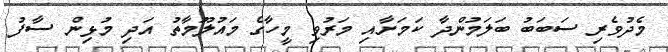
މެދުވެރި ސަބަބު ބަލަމުންދާ ކަމަށާއި މަރުވި މީހާގެ މައުލޫމާތު އަދި މުޅިން ސާފު